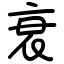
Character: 衰